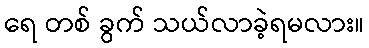
ရေ တစ် ခွက် သယ်လာခဲ့ရမလား။